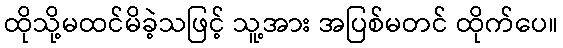
ထိုသို့မထင်မိခဲ့သဖြင့် သူ့အား အပြစ်မတင် ထိုက်ပေ။